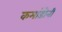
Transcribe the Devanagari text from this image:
कमांडोनी